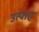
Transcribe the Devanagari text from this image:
उत्पाए